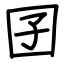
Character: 囝